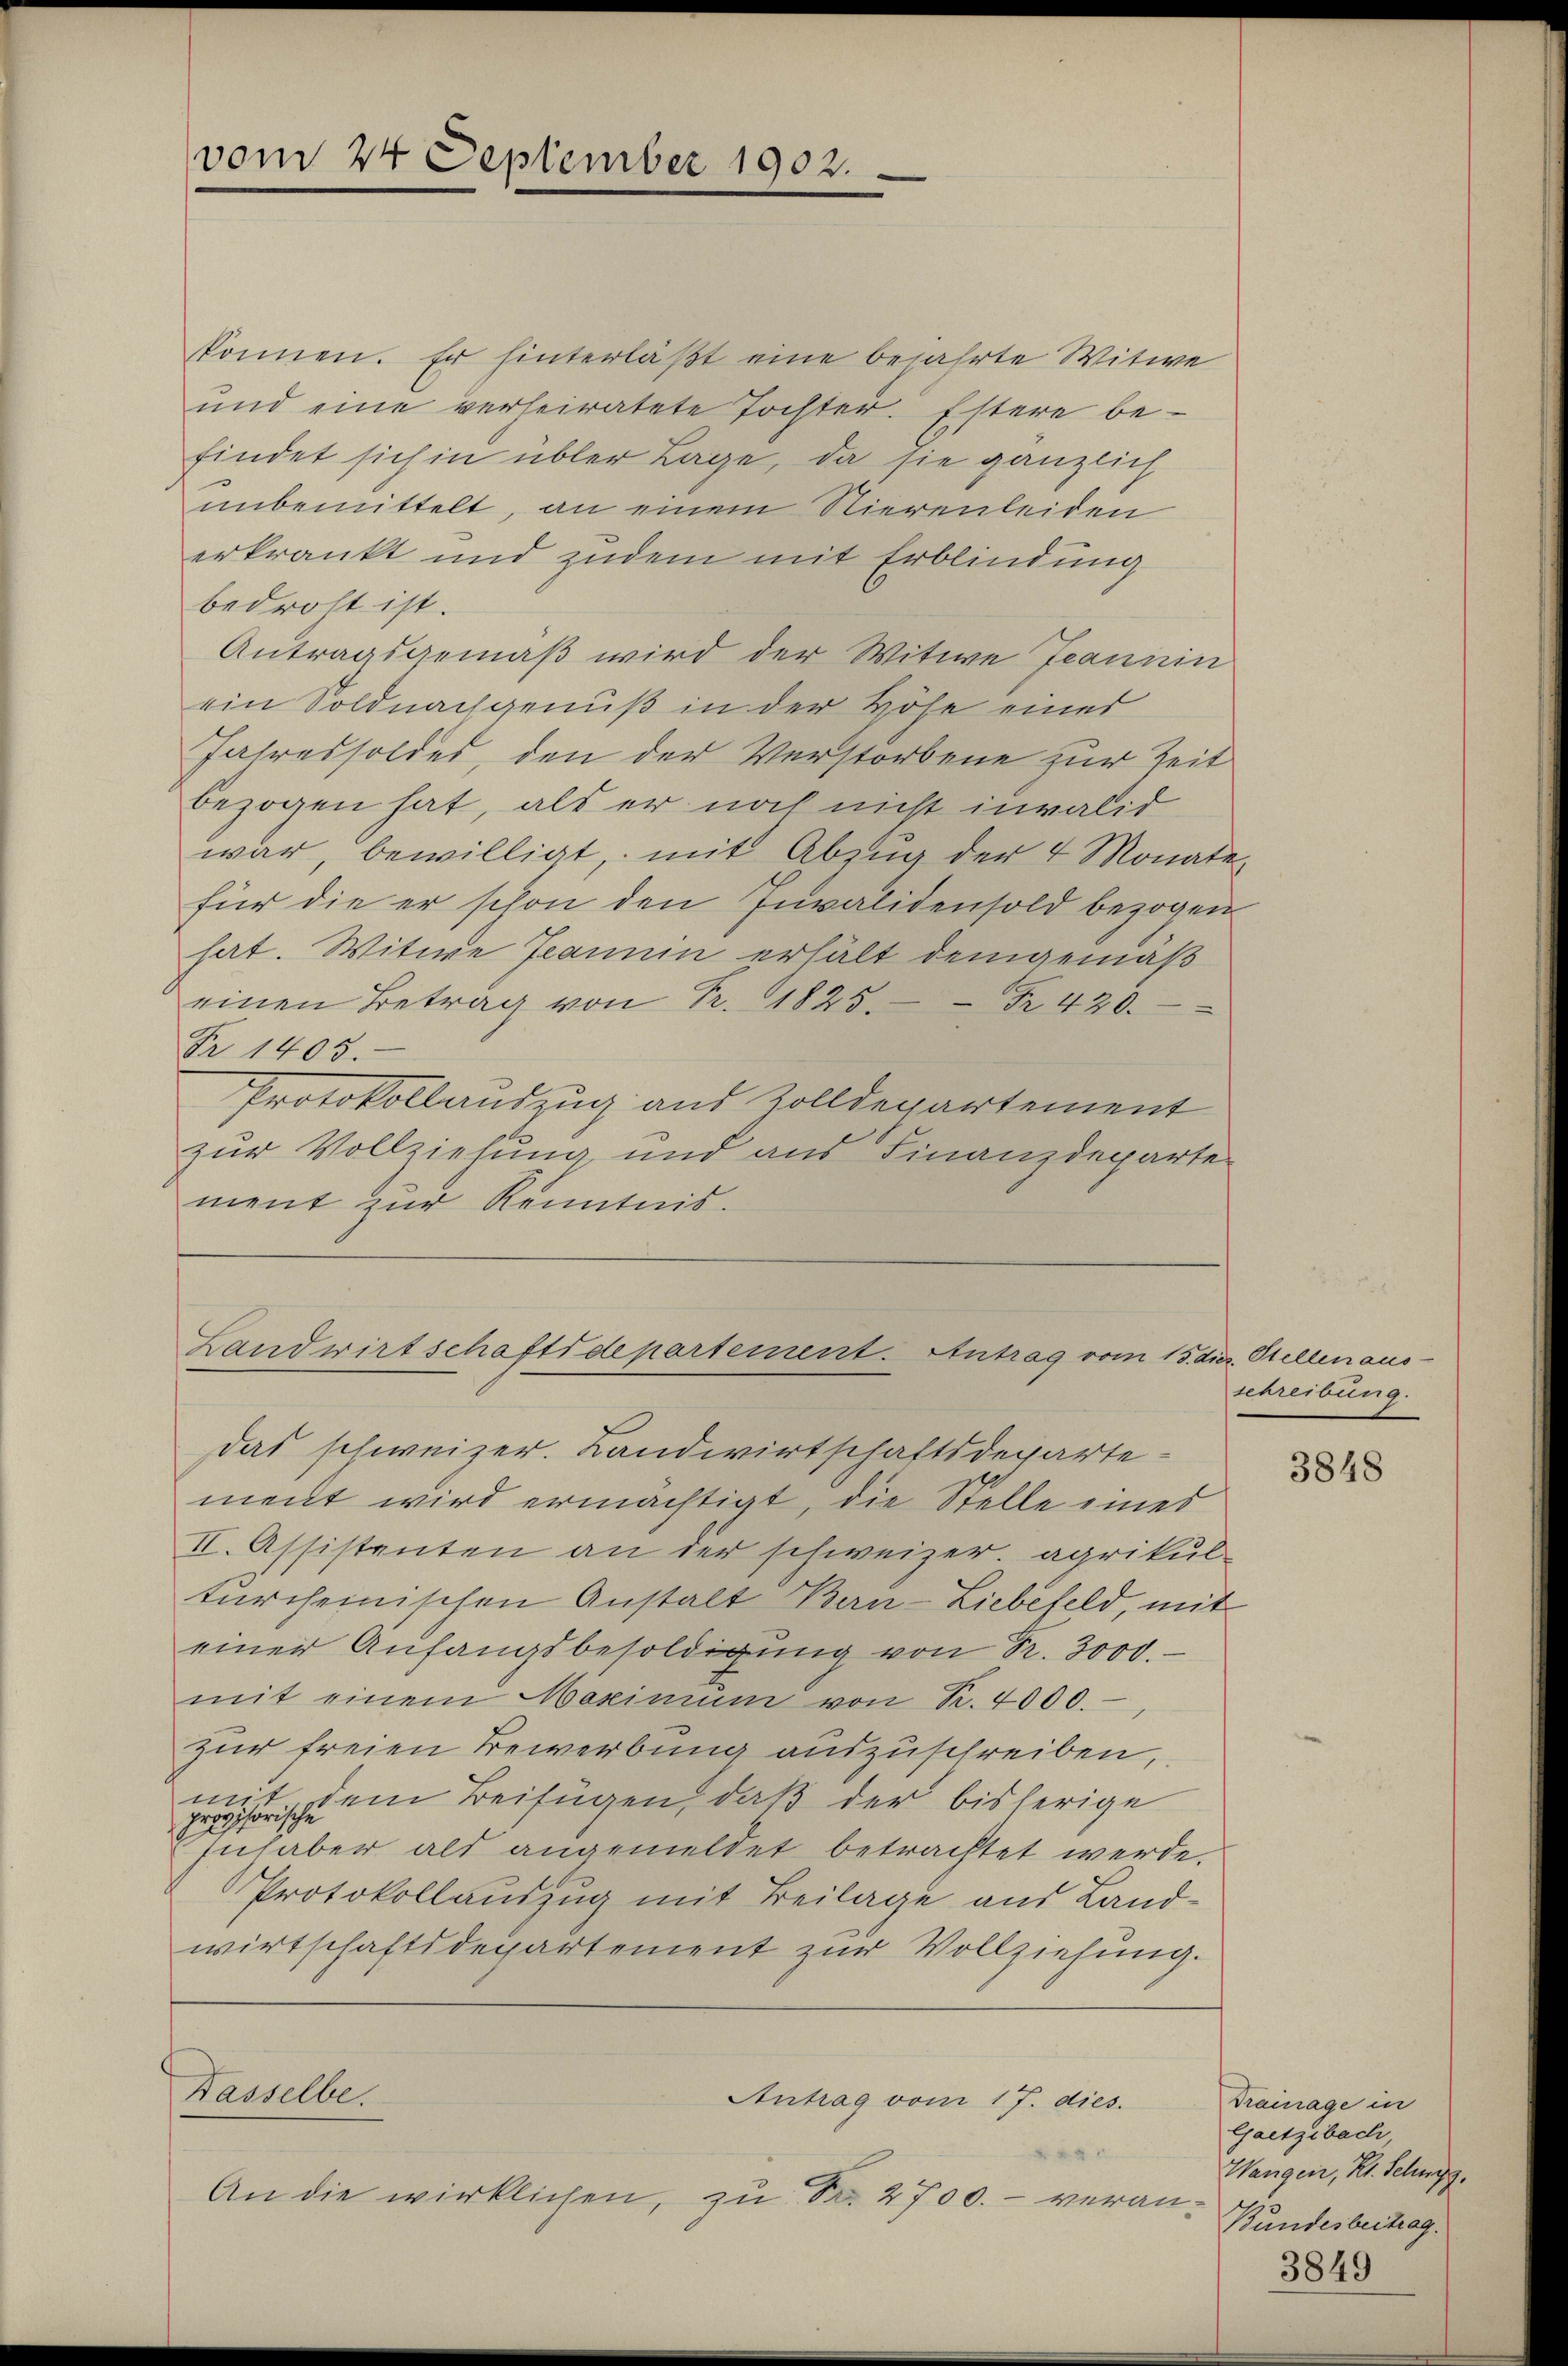
vom 24. September 1902.

können. Er hinterläßt eine bejahrte Witwe
und eine verheiratete Tochter. Estere be-
findet sich in übler Lage, da sie gänzlich
unbemittelt, an einem Nierenleiden
erkrankt und zudem mit Erblindung
bedroht ist.
Antragsgemäß wird der Witwe Jeannin
ein Soldnachgenuß in der Höhe eines
Jahressoldes, den der Verstorbene zur Zeit
bezogen hat, als er noch nicht invalid
war, bewilligt, mit Abzug der 4 Monate
für die er schon den Invalidensold bezogen
hat. Witwe Jeanin erhält demgemäß
einen Betrag von Fr. 1825. Fr. 420.
Fr. 1403.
Protokollauszug aus Zolldepartement
zur Vollziehung, und aus Finanzdeparte
ment zur Kenntnis.

Landwirtschaftsdepartement. Antrag vom 15. dies. Stellen aus-

Das schweizer. Landwirtschaftsdepartement wird ermächtigt, die Stelle eines
II. Assistanten an der schweizer. agrikul-
türcheinischen Anstalt Bern- Liebefeld, mit
einer Anfangsbesoldigung von Fr. 3000.
mit einem Maximum von R. 4000.
zur freien Bewerbung auszuschreiben,
rischem Beifügen, daß der bisherige
Inhaber als angemeldet betrachtet werde.
Protokollauszug mit Beilage aus Landwirtschaftsdepartement zur Vollziehung.

Basselbe.
Antrag vom 17. dies
An die wirklichen, zu Nr. 2700. - veran¬

schreibung.

3848

Trainage in
Gaetzibach,
Wangen, Kt. Schwyz,
Bundesbeitrag.

3849